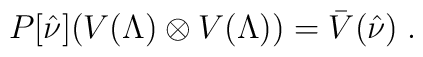
P[\hat{\nu}] (V(\Lambda)\otimes V(\Lambda))=\bar{V}(\hat{\nu})\;.